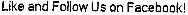
LIKE AND FOLLOW US ON FACEBOOK!